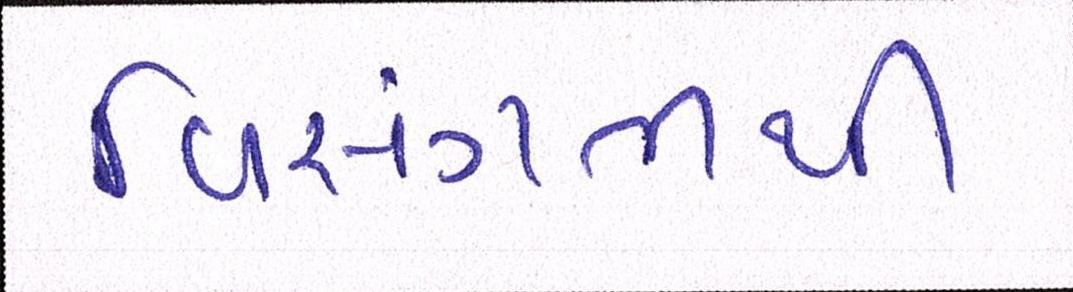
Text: વિસંગતીથી